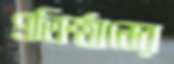
প্রতিষ্ঠানের